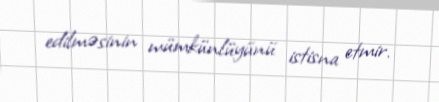
edilməsinin mümkünlüyünü istisna etmir.